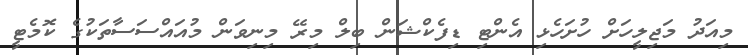
މިއަދު މަޖިލީހަށް ހުށަހެޅި އެންޓި ޑިފެކްޝަން ބިލް މިރޭ މިނިވަން މުއައްސަސާތަކުގެ ކޮމެޓީ